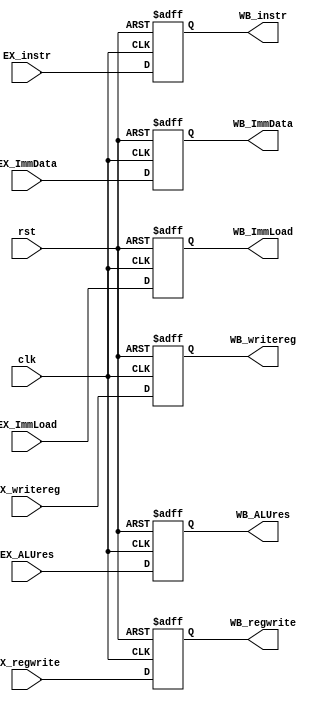
`timescale 1ns / 1ps
//////////////////////////////////////////////////////////////////////////////////
// Company: 
// Engineer: 
// 
// Design Name: 
// Module Name:    EX_WB 
// Project Name: 
// Target Devices: 
// Tool versions: 
// Description: 
//
// Dependencies: 
//
// Revision: 
// Revision 0.01 - File Created
// Additional Comments: 
//
//////////////////////////////////////////////////////////////////////////////////
module EX_WB(
	input wire [7:0] EX_instr,
	input wire clk, rst,
	input wire EX_regwrite, EX_ImmLoad,
	input wire [7:0] EX_ALUres, EX_ImmData,
	input wire [2:0] EX_writereg,
	output reg WB_regwrite, WB_ImmLoad,
	output reg [7:0] WB_ALUres, WB_ImmData,
	output reg [2:0] WB_writereg,
	output reg [7:0] WB_instr
    );
	
	always @(posedge clk, negedge rst) begin
		if(!rst) begin
			WB_regwrite <= 0;
			WB_ALUres <= 0;
			WB_writereg <= 0;
			WB_ImmLoad <= 0;
			WB_ImmData <= 0;
			WB_instr <= 0;
		end
		else begin
			WB_regwrite <= EX_regwrite;
			WB_ALUres <= EX_ALUres;
			WB_writereg <= EX_writereg;
			WB_ImmLoad <= EX_ImmLoad;
			WB_ImmData <= EX_ImmData;
			WB_instr <= EX_instr;
		end
	
	end

endmodule